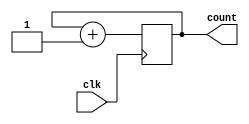
module cascaded_counter(
  input wire clk,
  output wire [7:0] count
);

reg [7:0] count1, count2, count3;

always @(posedge clk) begin
  count1 <= count1 + 1;
  count2 <= count2 + (count1 == 0);
  count3 <= count2 + (count1 == 0 && count2 == 0);
end

assign count = {count3, count2, count1};

endmodule